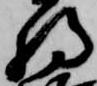
将